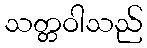
သတ္တဝါသည်